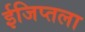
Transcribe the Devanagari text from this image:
ईजिप्तला